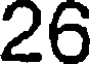
26